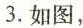
3.如图，